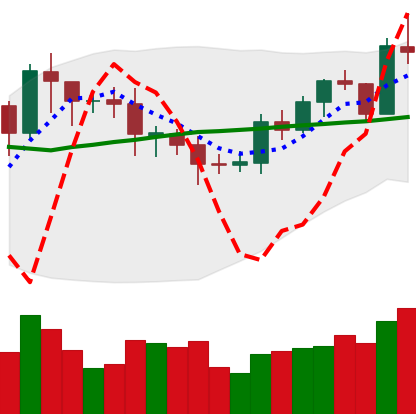
Ticker: EOS-USD
Chart end date: 2020-07-26
Forward return: 13.918%
Label: up_7plus